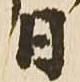
日